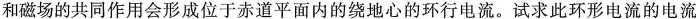
和磁场的共同作用会形成位于赤道平面内的绕地心的环行电流。试求此环形电流的电流